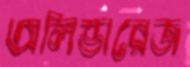
অলিভারেজ